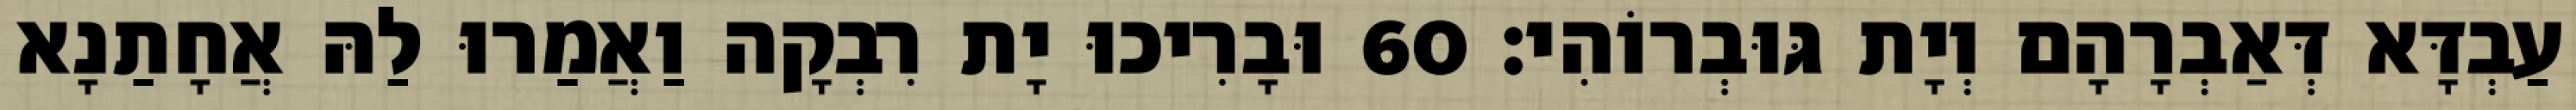
עַבְדָּא דְּאַבְרָהָם וְיָת גּוּבְרוֹהִי׃ 60 וּבָרִיכוּ יָת רִבְקָה וַאֲמַרוּ לַהּ אֲחָתַנָא